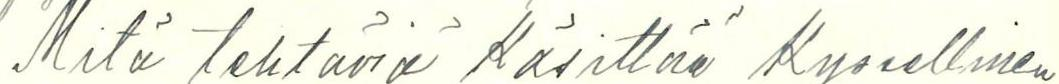
Mitä tehtäviä käsittää kyseellinen